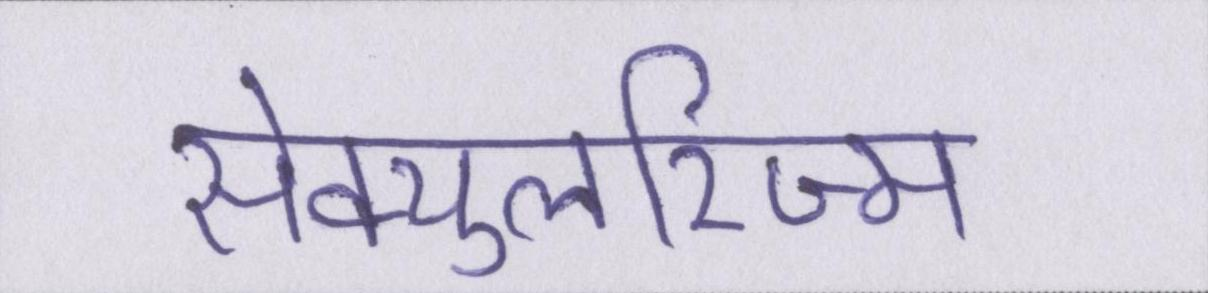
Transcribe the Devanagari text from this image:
सेक्युलरिज्म